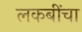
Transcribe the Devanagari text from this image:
लकबींचा